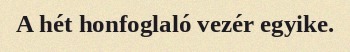
A hét honfoglaló vezér egyike.